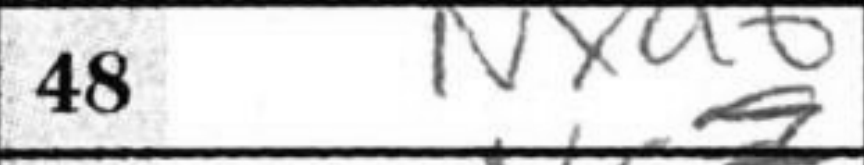
Transcription: Nxa6